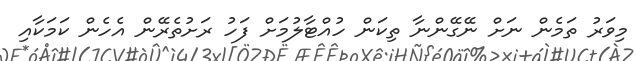
މިވަރު ތަމެން ނަށް ނޭގޭންނާ ތިކަން ހުއްޓާލުމަށް ފަހު ރަށުތެރޭން އެހެން ކަމަކާއި